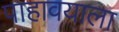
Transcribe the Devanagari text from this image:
पाहावयाला